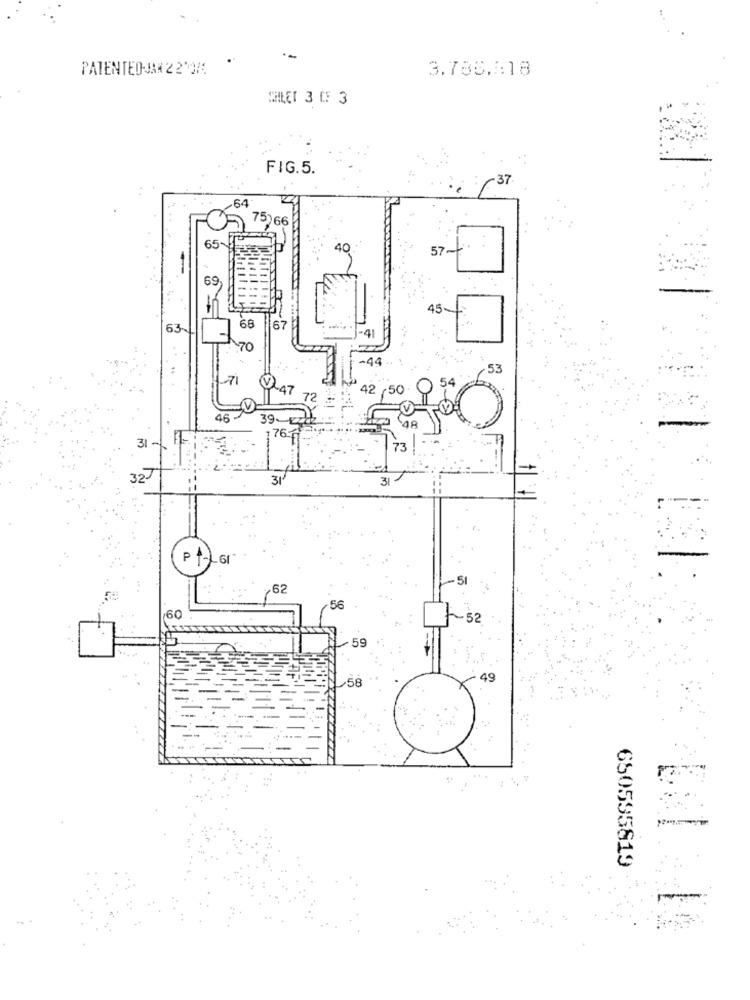
PATENTEO-JAN 22'07
3.788.818
CHLET 3 [: 3
FIG.5.
64
75)66
65-
40
57
69
45
68
67
170
53
42 ,50
72
39-
176
31-
73
32-
31
31
5
62
56
60
f52
59
49
,58
650595819